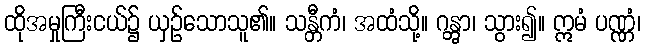
ထိုအမှုကြီးငယ်၌ ယှဉ်သောသူ၏။ သန္တီကံ၊ အထံသို့။ ဂန္တွာ၊ သွား၍။ ဣမံ ပဏ္ဏံ၊